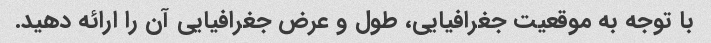
با توجه به موقعیت جغرافیایی، طول و عرض جغرافیایی آن را ارائه دهید.